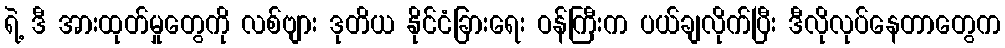
ရဲ့ ဒီ အားထုတ်မှုတွေကို လစ်ဗျား ဒုတိယ နိုင်ငံခြားရေး ဝန်ကြီးက ပယ်ချလိုက်ပြီး ဒီလိုလုပ်နေတာတွေက